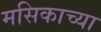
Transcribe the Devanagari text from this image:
मसिकाच्या